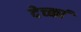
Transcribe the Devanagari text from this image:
देच्कां